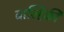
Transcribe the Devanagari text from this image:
बाल्हिकी